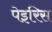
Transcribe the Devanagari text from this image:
पेइरिस